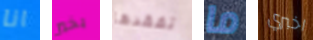
انا بخير تفقدها ما اخبري